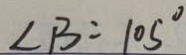
\angle B = 1 0 5 ^ { \circ }